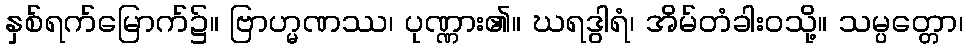
နှစ်ရက်မြောက်၌။ ဗြာဟ္မဏဿ၊ ပုဏ္ဏား၏။ ဃရဒွါရံ၊ အိမ်တံခါးဝသို့။ သမ္ပတ္တော၊